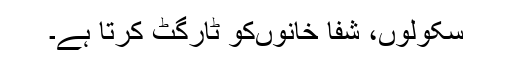
سکولوں، شفا خانوںکو ٹارگٹ کرتا ہے۔